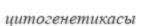
цитогенетикасы